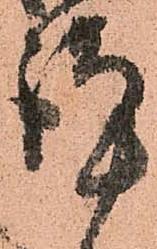
謹